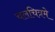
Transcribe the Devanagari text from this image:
चलचित्रमे